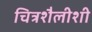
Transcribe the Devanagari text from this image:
चित्रशैलीशी